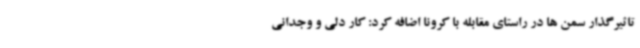
تاثیرگذار سمن ها در راستای مقابله با کرونا اضافه کرد: کار دلی و وجدانی